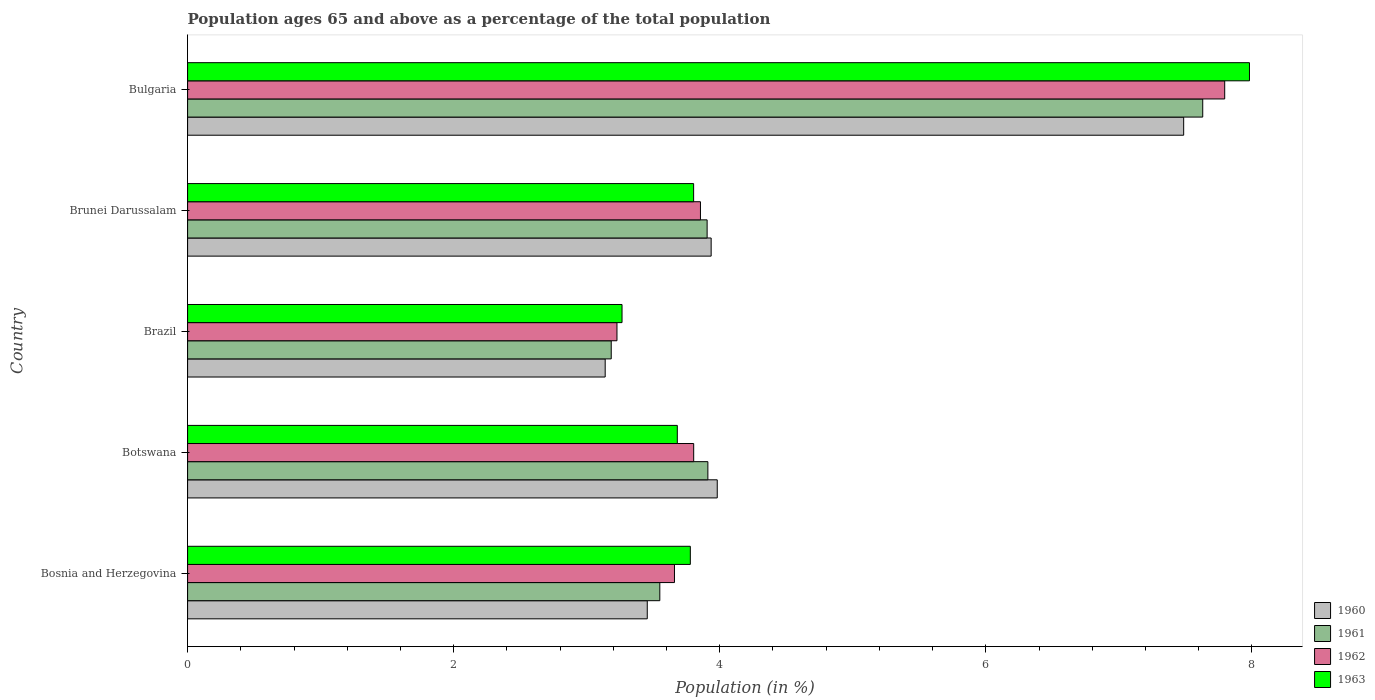
| Country | 1960 | 1961 | 1962 | 1963 |
 | --- | --- | --- | --- | --- |
 | Bosnia and Herzegovina | 3.46 | 3.55 | 3.66 | 3.78 |
 | Botswana | 3.98 | 3.91 | 3.8 | 3.68 |
 | Brazil | 3.14 | 3.18 | 3.23 | 3.27 |
 | Brunei Darussalam | 3.94 | 3.9 | 3.85 | 3.8 |
 | Bulgaria | 7.49 | 7.63 | 7.8 | 7.98 |